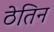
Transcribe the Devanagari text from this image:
ठेतिन